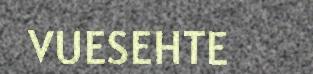
VUESEHTE